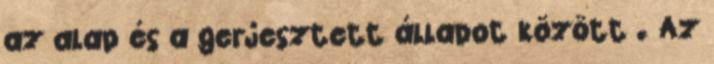
az alap és a gerjesztett állapot között . Az